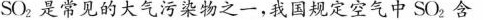
SO2是常见的大气污染物之一，我国规定空气中SO2含